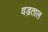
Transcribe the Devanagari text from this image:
वड़ताल